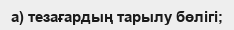
а) тезағардың тарылу бөлігі;